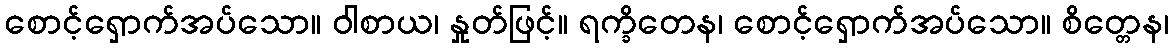
စောင့်ရှောက်အပ်သော။ ဝါစာယ၊ နှုတ်ဖြင့်။ ရက္ခိတေန၊ စောင့်ရှောက်အပ်သော။ စိတ္တေန၊